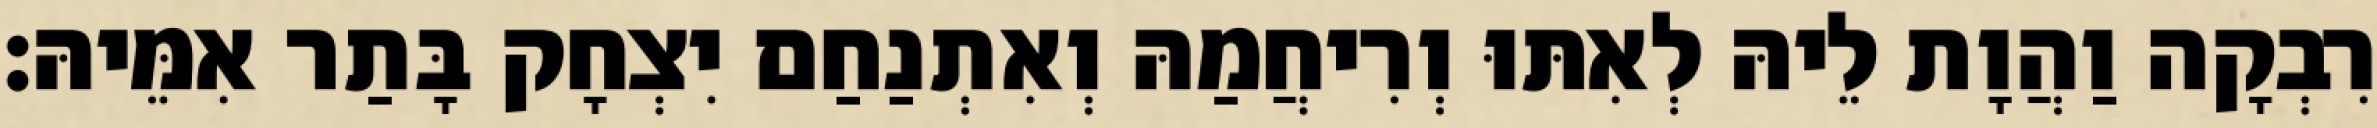
רִבְקָה וַהֲוָת לֵיהּ לְאִתּוּ וְרִיחֲמַהּ וְאִתְנַחַם יִצְחָק בָּתַר אִמֵּיהּ׃